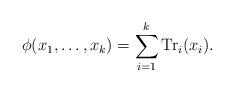
LaTeX: \begin{align*} \phi ( x_1 , \dots , x_k ) = \sum_{ i =1 }^k {\rm Tr}_i ( x_ i ). \end{align*}